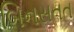
બિનસતત